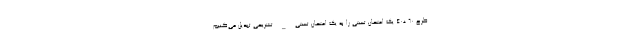
طرح ۶۰ +۴۰ یک امتحان تستی را به یک امتحان تستی _ تشریحی تبدیل می‌کنیم.